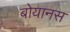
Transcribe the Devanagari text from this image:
बोयानस